Civil Veterinary Dept. Bombay admin report 1914-1922 - 1914-1922
Year: 1914
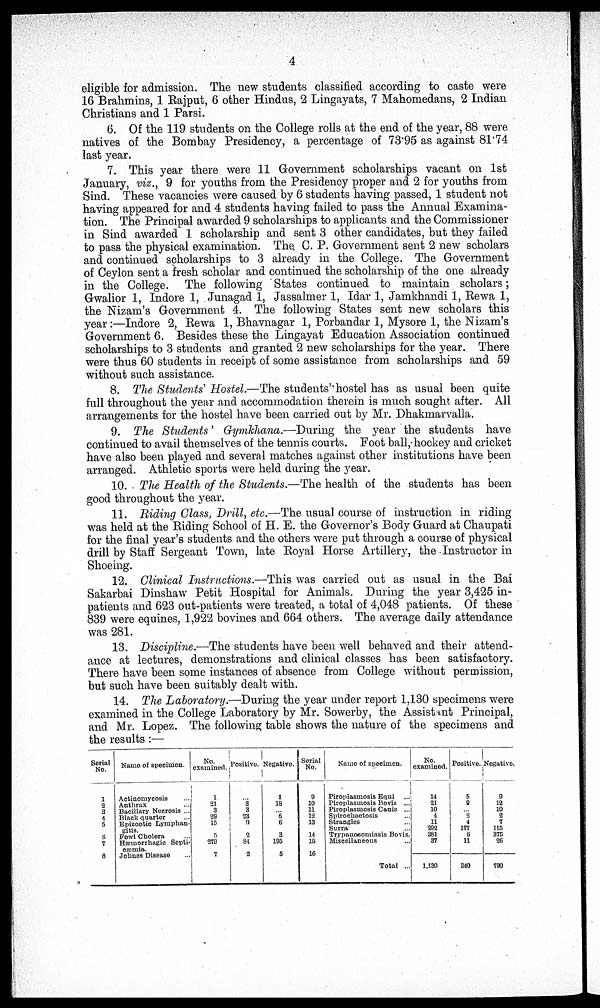
4
eligible for admission. The new students classified according to caste were
16 Brahmins, 1 Rajput, 6 other Hindus, 2 Lingayats, 7 Mahomedans, 2 Indian
Christians and 1 Parsi.
6. Of the 119 students on the College rolls at the end of the year, 88 were
natives of the Bombay Presidency, a percentage of 73.95 as against 81.74
last year.
7. This year there were 11 Government scholarships vacant on 1st
January, viz., 9 for youths from the Presidency proper and 2 for youths from
Sind. These vacancies were caused by 6 students having passed, 1 student not
having appeared for and 4 students having failed to pass the Annual Examina-
tion. The Principal awarded 9 scholarships to applicants and the Commissioner
in Sind awarded 1 scholarship and sent 3 other candidates, but they failed
to pass the physical examination. The C. P. Government sent 2 new scholars
and continued scholarships to 3 already in the College. The Government
of Ceylon sent a fresh scholar and continued the scholarship of the one already
in the College. The following States continued to maintain scholars;
Gwalior 1, Indore 1, Junagad 1, Jassalmer 1, Idar 1, Jamkhandi 1, Rewa 1,
the Nizam's Government 4. The following States sent new scholars this
year:—Indore 2, Rewa 1, Bhavnagar 1, Porbandar 1, Mysore 1, the Nizam's
Government 6. Besides these the Lingayat Education Association continued
scholarships to 3 students and granted 2 new scholarships for the year. There
were thus 60 students in receipt of some assistance from scholarships and 59
without such assistance.
8. The Students' Hostel.—The students' hostel has as usual been quite
full throughout the year and accommodation therein is much sought after. All
arrangements for the hostel have been carried out by Mr. Dhakmarvalla.
9. The Students' Gymkhana.—During the year the students have
continued to avail themselves of the tennis courts. Foot ball, hockey and cricket
have also been played and several matches against other institutions have been
arranged. Athletic sports were held during the year.
10. The Health of the Students.—The health of the students has been
good throughout the year.
11. Riding Class, Drill, etc.—The usual course of instruction in riding
was held at the Riding School of H. E. the Governor's Body Guard at Chaupati
for the final year's students and the others were put through a course of physical
drill by Staff Sergeant Town, late Royal Horse Artillery, the Instructor in
Shoeing.
12. Clinical Instructions.—This was carried out as usual in the Bai
Sakarbai Dinshaw Petit Hospital for Animals. During the year 3,425 in-
patients and 623 out-patients were treated, a total of 4,048 patients. Of these
839 were equines, 1,922 bovines and 664 others. The average daily attendance
was 281.
13. Discipline.—The students have been well behaved and their attend-
ance at lectures, demonstrations and clinical classes has been satisfactory.
There have been some instances of absence from College without permission,
but such have been suitably dealt with.
14. The Laboratory.—During the year under report 1,130 specimens were
examined in the College Laboratory by Mr. Sowerby, the Assistant Principal,
and Mr. Lopez. The following table shows the nature of the specimens and
the results:—
Serial
No.
1
2
3
4
5
6
7
8
Name of specimen.
Actinomycosis ...
Anthrax ...
Bacillary Necrosis ...
Black quarter ...
Epizootic Lymphan-
gitis.
Fowl Cholera ...
Hæmorrhagic Septi-
cæmia.
Johnes Disease ...
No.
examined.
1
21
3
29
15
5
279
7
Positive.
...
3
3
23
9
2
84
2
Negative.
1
18
... 6
6
3
195
5
Serial
No.
9
10
11
12
13
14
15
16
Name of specimen.
Piroplasmosis Equi ...
Piroplasmosis Bovis ...
Piroplasmosis Canis ...
Spirochaetosis ...
Strangles ...
Surra ...
Trypanosomiasis Bovis.
Miscellaneous ...
Total ...
No.
examined.
14
21
10
4
11
292
381
37
1,130
Positive.
5
9
... 2
4
177
6
11
340
Negative.
9
12
10
2
7
115
375
26
790